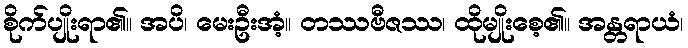
စိုက်ပျိုးရာ၏။ အပိ၊ မေးဦးအံ့။ တဿဗီဇဿ၊ ထိုမျိုးစေ့၏။ အန္တရာယံ၊